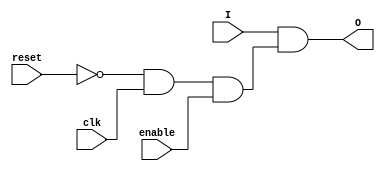
module reg1 (clk,enable,reset,I,O); // 1 bit register
  input clk,enable,reset,I;
  output O;
  and (X1,~reset,clk);
  and (X2,X1,enable);
  and (O,I,X2);
endmodule